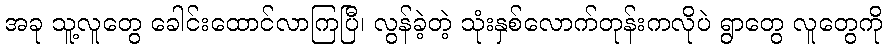
အခု သူ့လူတွေ ခေါင်းထောင်လာကြပြီ၊ လွန်ခဲ့တဲ့ သုံးနှစ်လောက်တုန်းကလိုပဲ ရွာတွေ လူတွေကို